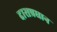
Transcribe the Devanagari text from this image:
दासप्रधान